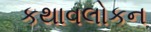
કથાવલોકન